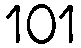
101